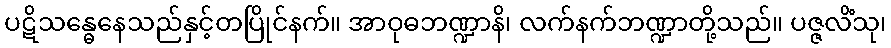
ပဋိသန္ဓေနေသည်နှင့်တပြိုင်နက်။ အာဝုဓဘဏ္ဍာနိ၊ လက်နက်ဘဏ္ဍာတို့သည်။ ပဇ္ဇလိံသု၊